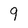
Character: 9